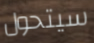
سيتحول